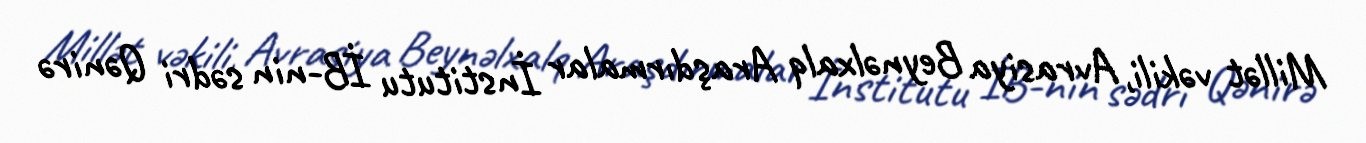
Millət vəkili, Avrasiya Beynəlxalq Araşdırmalar İnstitutu İB-nin sədri Qənirə